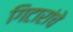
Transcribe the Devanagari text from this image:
गिटारांचे